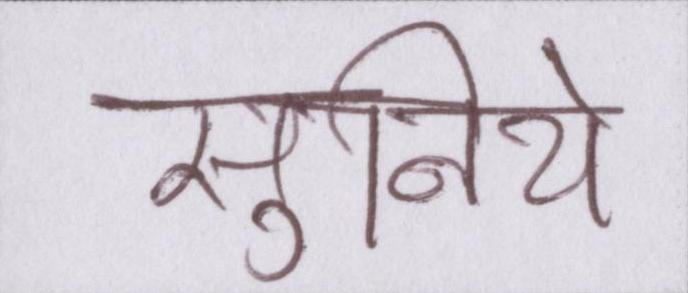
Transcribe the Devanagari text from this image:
सुनिये